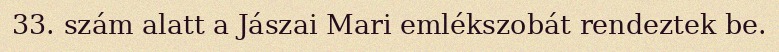
33. szám alatt a Jászai Mari emlékszobát rendeztek be.